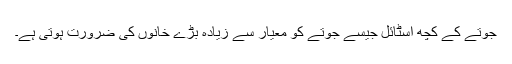
جوتے کے کچھ اسٹائل جیسے جوتے کو معیار سے زیادہ بڑے خانوں کی ضرورت ہوتی ہے۔